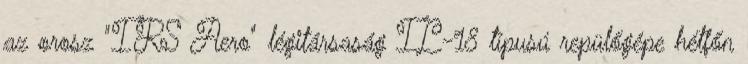
az orosz "IRS Aero" légitársaság IL-18 típusú repülőgépe hétfőn